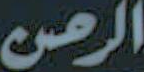
الرحمن